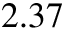
2 . 3 7